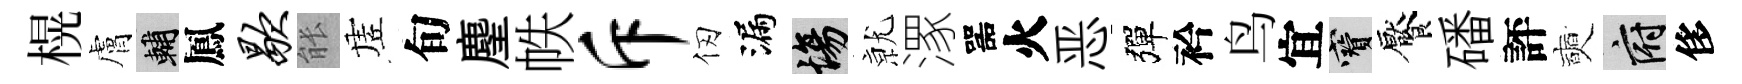
榥膚輔鳳歇䏻虗旬麈帙斥仞漏場𭕒潈噐火恶彈衿鸟宜寶饜磻評奭府侈